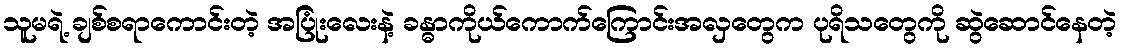
သူမရဲ့ ချစ်စရာကောင်းတဲ့ အပြုံးလေးနဲ့ ခန္ဓာကိုယ်ကောက်ကြောင်းအလှတွေက ပုရိသတွေကို ဆွဲဆောင်နေတဲ့